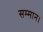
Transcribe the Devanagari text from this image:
सम्‍मान।